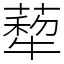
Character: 𦺙